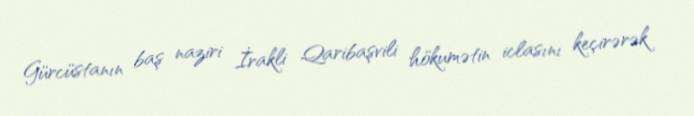
Gürcüstanın baş naziri İrakli Qaribaşvili hökumətin iclasını keçirərək